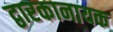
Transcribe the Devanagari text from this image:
द्वारकानायक